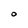
Character: 0